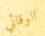
الوقائي